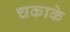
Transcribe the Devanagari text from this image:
चकाके